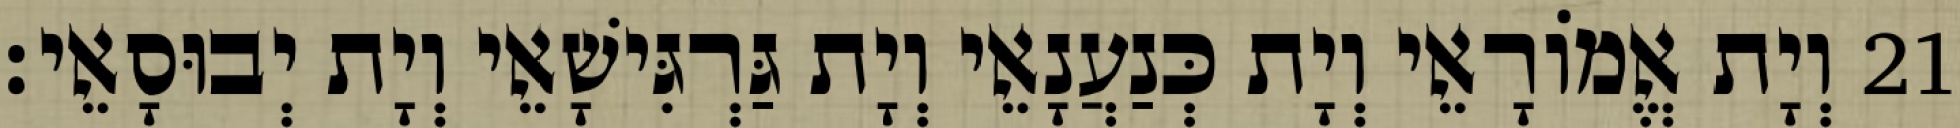
21 וְיָת אֱמוֹרָאֵי וְיָת כְּנַעֲנָאֵי וְיָת גַּרְגִּישָׁאֵי וְיָת יְבוּסָאֵי׃